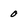
Character: 0